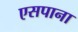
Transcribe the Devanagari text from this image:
एसपाना